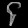
Digit: ၄